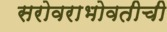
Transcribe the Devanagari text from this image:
सरोवराभोवतीची